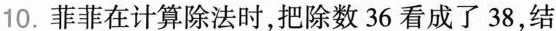
10. 菲菲在计算除法时，把除数36看成了38，结